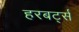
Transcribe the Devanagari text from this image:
हरबर्ट्स